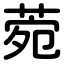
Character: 菀